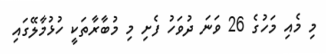
މި މެއި މަހުގެ 26 ވަނަ ދުވަހު ފެށި މި މުބާރާތަކީ ހުޅުމާލޭގައި